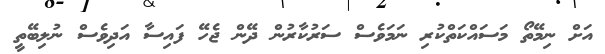
އަށް ނިމޭތޯ މަސައްކަތްކުރި ނަމަވެސް ސަރުކާރުން ދޭން ޖެހޭ ފައިސާ އަދިވެސް ނުލިބޭތީ